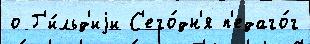
о Г'и́льд'иjи С'его́дн'я п'едаго́г